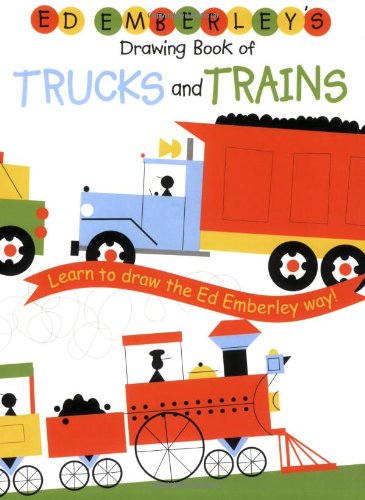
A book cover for Ed Emberley's Drawing Book of Trucks and Trains; Ed Emberley; Arts & Photography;